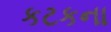
કટકના